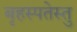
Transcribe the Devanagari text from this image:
बृहस्पतेस्तु